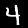
Digit: 4